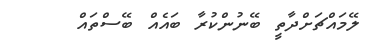
ލޭމައްޗަށްދާތީ ބޭނުންކުރާ ބައެއް ބޭސްތައް